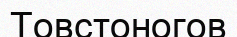
Товстоногов